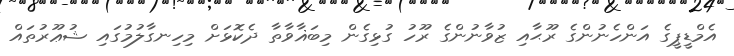
އެމްޑީޕީގެ އަންހެނުންގެ ރޫޙާއި ޒުވާނުންގެ ރޫހު ގުޅިގެން މިބަޣާވާތާ ދެކޮޅަށް މިހިނގާލުމުގައި ޝުޢޫރުތައް